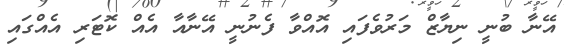
އޭނާ ބުނީ ނިޔާޒް މަރުވެފައި އޮއްވާ ފެނުނީ އޭނާއާ އެއް ކޮޓަރި އެއްގައި